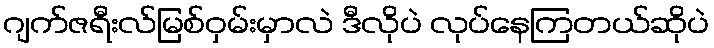
ဂျက်ဇရီးလ်မြစ်ဝှမ်းမှာလဲ ဒီလိုပဲ လုပ်နေကြတယ်ဆိုပဲ